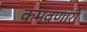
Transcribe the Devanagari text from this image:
कमवणारी